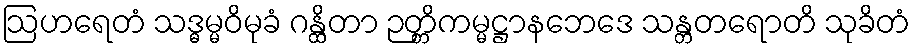
ဩဟရေတံ သဒ္ဓမ္မဝိမုခံ ဂန္ထိတာ ဉတ္တိကမ္မဋ္ဌာနဘေဒေ သန္တတရောတိ သုခိတံ